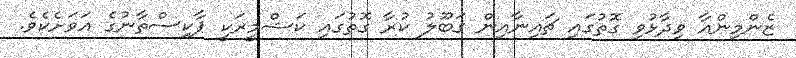
ޒެންމިންއާ ވިދާޅުވި ގޮތުގައި ޗައިނާއިން ގަބޫލު ކުރާ ގޮތުގައި ކަޝްމީރަކީ ޕާކިސްތާނުގެ އަވަށެކެވެ.